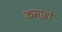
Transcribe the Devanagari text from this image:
कमा़डो